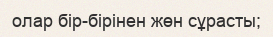
олар бір-бірінен жөн сұрасты;